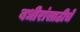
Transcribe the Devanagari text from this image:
बधीरांसाठीचे